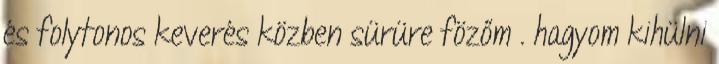
és folytonos keverés közben sürüre fözőm . hagyom kihülni